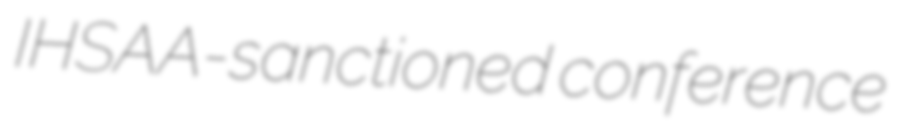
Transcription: IHSAA-sanctioned conference